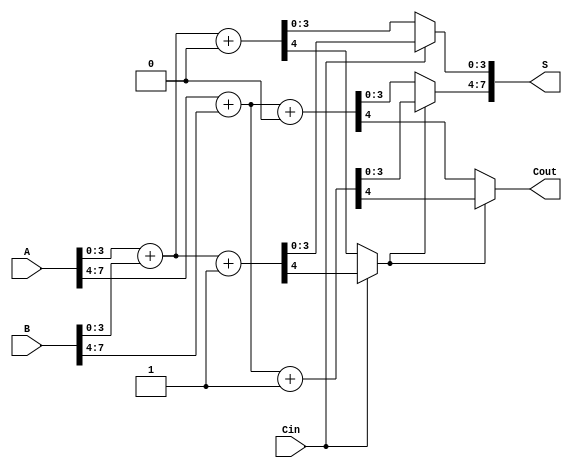
module CarrySelectAdder (
    input [7:0] A,      // First n-bit input
    input [7:0] B,      // Second n-bit input
    input Cin,          // Carry-in signal
    output [7:0] S,     // Sum output
    output Cout         // Carry-out signal
);

    // Internal signals for block 1
    wire [3:0] S1_0, S1_1; // Sums for block 1 with Cin = 0 and Cin = 1
    wire Cout_1_0, Cout_1_1; // Carry outs for block 1 with Cin = 0 and Cin = 1

    // Internal signals for block 2
    wire [3:0] S2_0, S2_1; // Sums for block 2 with Cin = 0 and Cin = 1
    wire Cout_2_0, Cout_2_1; // Carry outs for block 2 with Cin = 0 and Cin = 1

    // Block 1 (A[3:0] + B[3:0])
    assign {Cout_1_0, S1_0} = A[3:0] + B[3:0] + 1'b0; // When Cin = 0
    assign {Cout_1_1, S1_1} = A[3:0] + B[3:0] + 1'b1; // When Cin = 1

    // Block 2 (A[7:4] + B[7:4])
    assign {Cout_2_0, S2_0} = A[7:4] + B[7:4] + 1'b0; // When Cin = 0
    assign {Cout_2_1, S2_1} = A[7:4] + B[7:4] + 1'b1; // When Cin = 1

    // Mux for selecting sums and carry outs based on Cin
    wire [3:0] S1_selected;
    wire Cout_1_selected;

    assign S1_selected = (Cin == 1'b0) ? S1_0 : S1_1;
    assign Cout_1_selected = (Cin == 1'b0) ? Cout_1_0 : Cout_1_1;

    // Determine carry-in for block 2 based on selected carry-out from block 1
    wire Cin_block2;
    assign Cin_block2 = Cout_1_selected;

    // Mux for selecting sums for block 2 based on Cin_block2
    wire [3:0] S2_selected;
    wire Cout_2_selected;

    assign S2_selected = (Cin_block2 == 1'b0) ? S2_0 : S2_1;
    assign Cout_2_selected = (Cin_block2 == 1'b0) ? Cout_2_0 : Cout_2_1;

    // Final sum and carry-out
    assign S = {S2_selected, S1_selected};
    assign Cout = Cout_2_selected;

endmodule